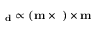
{ \bf { \tau } } _ { \bf { { d } } } \propto \left( { \bf { m } } \times { \bf { \sigma } } \right) \times { \bf { m } }